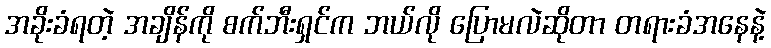
အခိုးခံရတဲ့ အချိန်ကို စက်ဘီးရှင်က ဘယ်လို ပြောမလဲဆိုတာ တရားခံအနေနဲ့